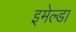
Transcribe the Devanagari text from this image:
इमेल्डा